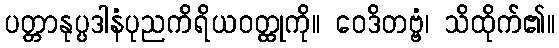
ပတ္တာနုပ္ပဒါနံပုညကိရိယဝတ္ထုကို။ ဝေဒိတဗ္ဗံ၊ သိထိုက်၏။